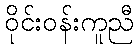
ဝိုင်းဝန်းကူညီ